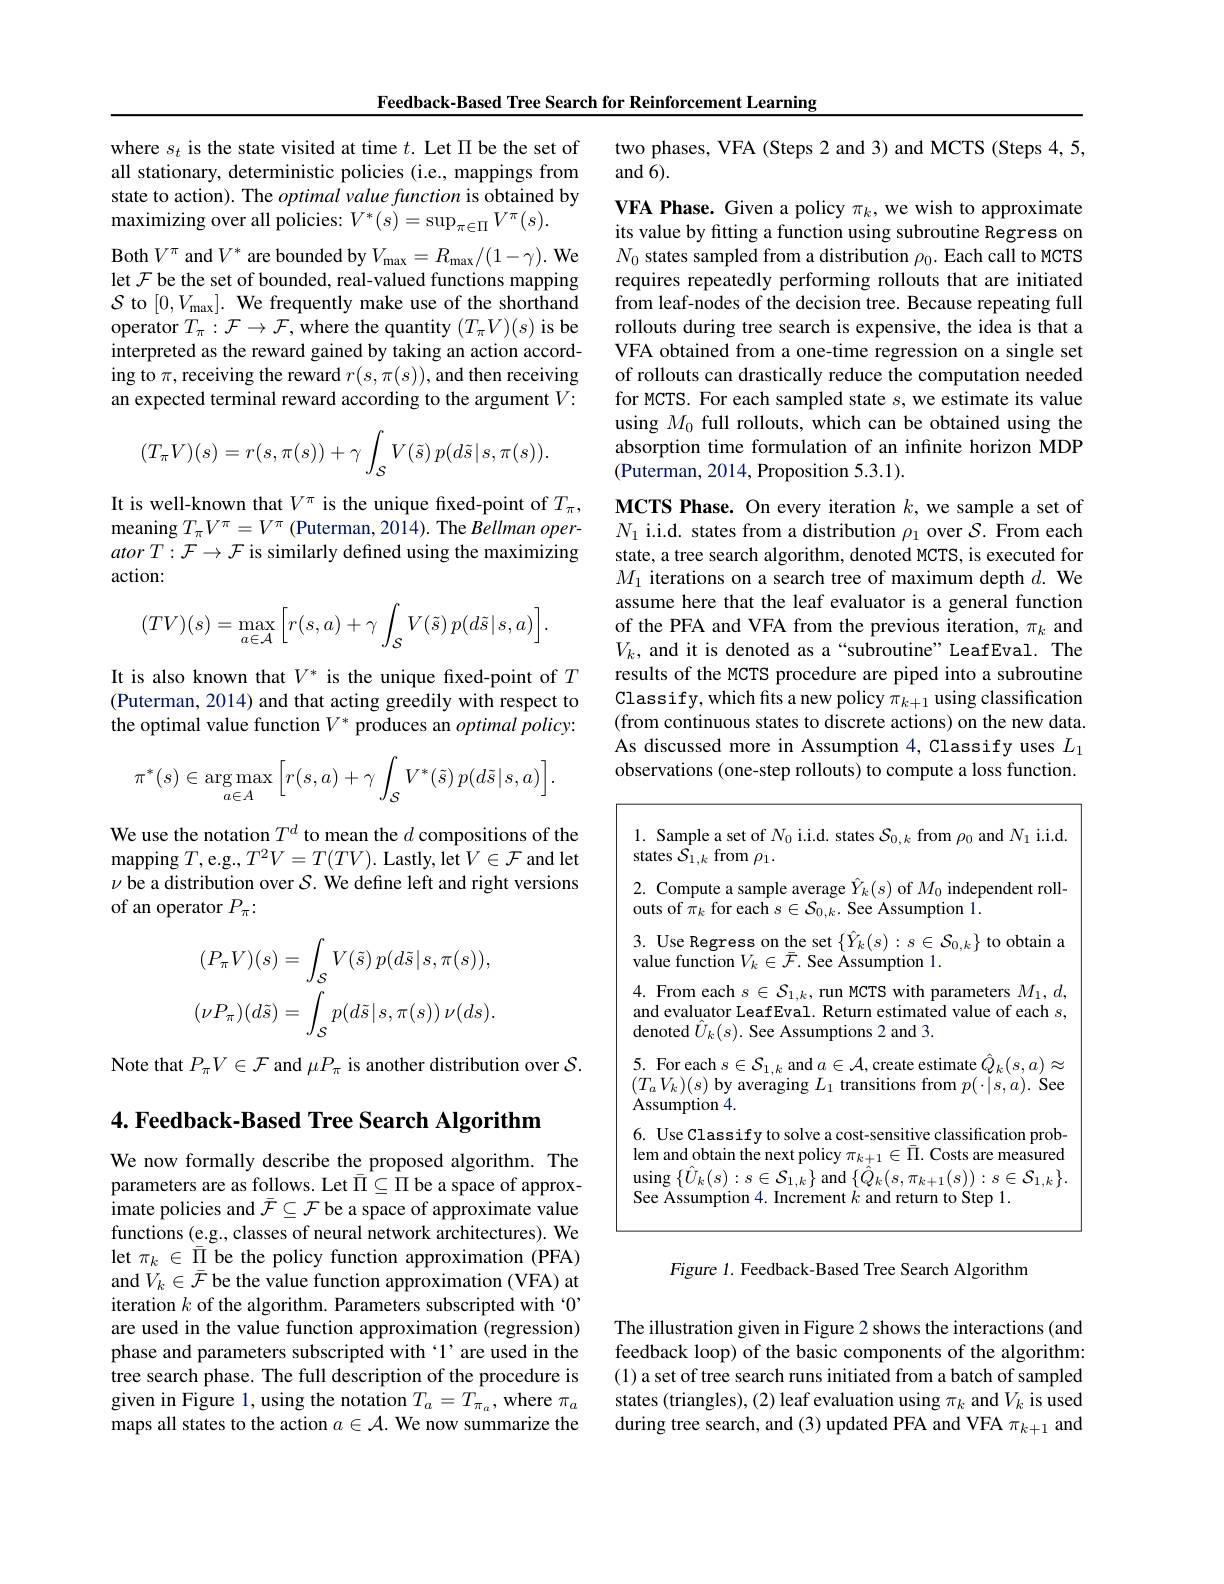
Feedback-Based Tree Search for Reinforcement Learning

where $s_t$ is the state visited at time $t.$ Let $\Pi$ be the set of all stationary, deterministic policies (i.e., mappings from state to action). The optimal value function is obtained by maximizing over all policies: $V^*(s)=\sup_{\pi\in\Pi}V^{\pi}(s).$
Both $V^{\pi }$ and $V^*$ are bounded by $V_\mathrm{max}=R_\mathrm{max}/(1-\gamma).$ We let $\mathcal{F}$ be the set of bounded, real-valued functions mapping $\mathcal{S}$ to $[0,V_{\mathrm{max}}].$ We frequently make use of the shorthand operator $T_\pi:\mathcal{F}\to\mathcal{F}$,where the quantity $(T_\pi V)(s)$ is be interpreted as the reward gained by taking an action according to $\pi$,receiving the reward $r(s,\pi(s))$,and then receiving an expected terminal reward according to the argument $V:$
$$(T_{\pi}V)(s)=r(s,\pi(s))+\gamma\int_{\mathcal{S}}V(\tilde{s})\:p(d\tilde{s}\:|\:s,\pi(s)).$$
It is well-known that $V^\pi$ is the unique fixed-point of $T_\pi$, $\operatorname*{meaning}T_\pi V^\pi=V^\pi$(Puterman,2014). The Bellman oper- $atorT:\mathcal{F}\to\mathcal{F}$ is similarly defined using the maximizing action:
$$(TV)(s)=\max_{a\in\mathcal{A}}\Big[r(s,a)+\gamma\int_{\mathcal{S}}V(\tilde{s})\:p(d\tilde{s}\:|\:s,a)\Big].$$
It is also known that $V^*$ is the unique fxed-point of $T$ (Puterman, 2014) and that acting greedily with respect to the optimal value function $V^*$ produces an optimal policy:
$$\pi^*(s)\in\underset{a\in A}{\arg\max}\Big[r(s,a)+\gamma\int_{\mathcal{S}}V^*(\tilde{s})\:p(d\tilde{s}\:|\:s,a)\Big].$$
We use the notation $T^d$ to mean the $d$ compositions of the ${\mathrm{mapping~}T,\mathrm{e.g.},T^{2}V=T(TV).\mathrm{~Lastly,~let~}V\in\mathcal{F}}$ and let $\nu$ be a distribution over $\mathcal{S}.$ We define left and right versions of an operator $P_\pi:$
$$(P_{\pi}V)(s)=\int_{\mathcal{S}}V(\tilde{s})\:p(d\tilde{s}|s,\pi(s)),\\(\nu P_{\pi})(d\tilde{s})=\int_{\mathcal{S}}p(d\tilde{s}|s,\pi(s))\:\nu(ds).$$
Note that $P_\pi V\in\mathcal{F}$ and $\mu P_\pi$ is another distribution over $\mathcal{S}.$

$4. \textbf{Feedback- Based Tree Search Algorithm}$

We now formally describe the proposed algorithm. The parameters are as follows. Let $\bar{\Pi}\subseteq\Pi$ be a space of approximate policies and $\bar{\mathcal{F} } \subseteq \mathcal{F}$ be a space of approximate value functions (e.g., classes of neural network architectures). We let $\pi_k\in\bar{\Pi}$ be the policy function approximation (PFA) and $V_k\in\bar{\mathcal{F}}$ be the value function approximation (VFA) at iteration $k$ of the algorithm. Parameters subscripted with $`0”$ are used in the value function approximation (regression) phase and parameters subscripted with‘1’are used in the tree search phase. The full description of the procedure is given in Figure 1, using the notation $T_a=T_{\pi_a}$, where $\pi_a$ maps all states to the action $a\in\mathcal{A}.$ We now summarize the

## two phases, VFA (Steps 2 and 3) and MCTS (Steps 4, 5, and 6).

VFA Phase. Given a policy $\pi_k$, we wish to approximate its value by fitting a function using subroutine Regress on $N_0$ states sampled from a distribution $\rho_0.$ Each call to MCTS requires repeatedly performing rollouts that are initiated from leaf-nodes of the decision tree. Because repeating full rollouts during tree search is expensive, the idea is that a VFA obtained from a one-time regression on a single set of rollouts can drastically reduce the computation needed for MCTS. For each sampled state $s$, we estimate its value using $M_0$ full rollouts, which can be obtained using the absorption time formulation of an infinite horizon MDP (Puterman, 2014, Proposition 5.3.1).

MCTS Phase. On every iteration $k$,we sample a set of $N_1$ i.i.d. states from a distribution $\rho_1$ over $\mathcal{S}.$ From each state, a tree search algorithm, denoted MCTS, is executed for $M_1$ iterations on a search tree of maximum depth $d.$ We assume here that the leaf evaluator is a general function of the PFA and VFA from the previous iteration, $\pi_k$ and $V_k$, and it is denoted as a“subroutine” LeafEval. The results of the MCTS procedure are piped into a subroutine Classify, which fits a new policy $\pi_k+1$ using classification (from continuous states to discrete actions) on the new data. As discussed more in Assumption 4, Classify uses $L_1$ observations (one-step rollouts) to compute a loss function.

1. Sample a set of $N_0$ i.i.d. states $\mathcal{S}_0,k$ from $\rho_0$ and $N_1$ i.i.d.
states $\bar{S_{1,k}}$ from $\rho_1.$
2. Compute a sample average $\hat{Y}_k(s)$ of $M_0$ independent roll-
outs of $\bar{\pi}_k$ for each $s\in\mathcal{S}_0,k.$ See Assumption 1.
3. Use Regress on the set $\{\hat{Y}_k(s):s\in\mathcal{S}_{0,k}\}$ to obtain $a$
value function $V_k\in\bar{\mathcal{F}}.$ See Assumption 1.
4. From each $s\in\mathcal{S}_1,k$, run MCTS with parameters $M_1,d$, and evaluator LeafEval. Return estimated value of each $s$, denoted $\hat{U}_{k}(s).$ See Assumptions 2 and 3.
5. For each $s\in\mathcal{S}_1,k$ and $a\in\mathcal{A}$,create estimate $\hat Q_k(s,a)\approx$ $(T_{a}V_{k})(s)$ by averaging $L_1$ transitions from $p(\cdot|s,a).$ See Assumption 4.
6. Use Classify to solve a cost-sensitive classification problem and obtain the next policy $\pi_{k+1}\in\bar{\Pi}.$ Costs are measured $\operatorname*{using}\left\{\hat{U}_{k}(s):s\in\mathcal{S}_{1,k}\right\}$and$\left\{\hat{Q}_{k}(s,\pi_{k+1}(s)):s\in\mathcal{S}_{1,k}\right\}.$ See Assumption 4. Increment $k$ and return to Step 1.

Figure 1. Feedback-Based Tree Search Algorithm

The illustration given in Figure 2 shows the interactions (and feedback loop) of the basic components of the algorithm: (1) a set of tree search runs initiated from a batch of sampled states (triangles), (2) leaf evaluation using $\pi_k$ and $V_k$ is used during tree search, and (3) updated PFA and VFA $\pi_k+1$ and